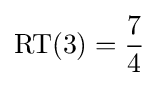
\operatorname {RT} (3)={\frac {7}{4}}